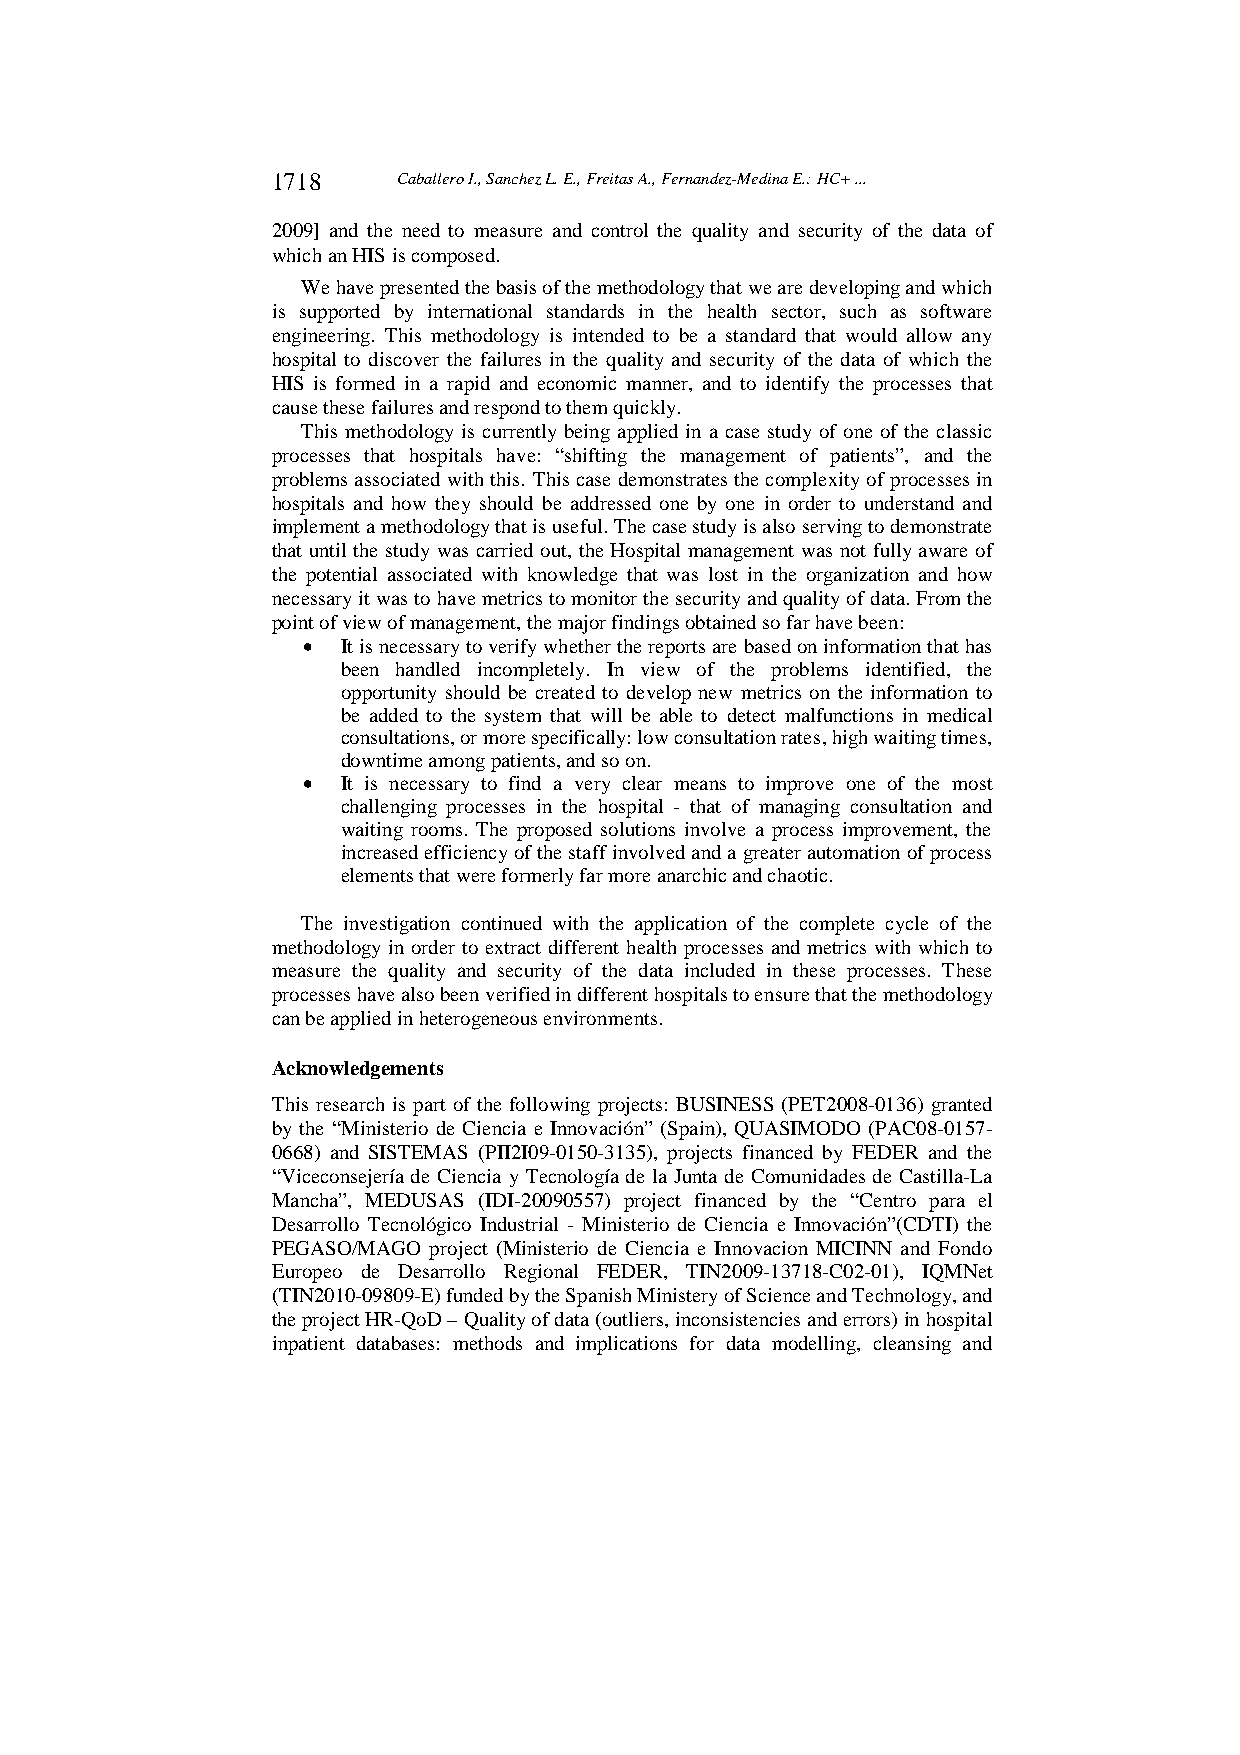
1718    Caballero I., Sanchez L. E., Freitas A., Fernandez-Medina E.: HC+ ...
 2009] and the need to measure and control the quality and security of the data of
 which an HIS is composed.
 We have presented the basis of the methodology that we are developing and which
 is supported by international standards in the health sector, such as software
 engineering. This methodology is intended to be a standard that would allow any
 hospital to discover the failures in the quality and security of the data of which the
 HIS is formed in a rapid and economic manner, and to identify the processes that
 cause these failures and respond to them quickly.
 This methodology is currently being applied in a case study of one of the classic
 processes that hospitals have: “shifting the management of patients”, and the
 problems associated with this. This case demonstrates the complexity of processes in
 hospitals and how they should be addressed one by one in order to understand and
 implement a methodology that is useful. The case study is also serving to demonstrate
 that until the study was carried out, the Hospital management was not fully aware of
 the potential associated with knowledge that was lost in the organization and how
 necessary it was to have metrics to monitor the security and quality of data. From the
 point of view of management, the major findings obtained so far have been:
   It is necessary to verify whether the reports are based on information that has
 been handled incompletely. In view of the problems identified, the
 opportunity should be created to develop new metrics on the information to
 be added to the system that will be able to detect malfunctions in medical
 consultations, or more specifically: low consultation rates, high waiting times,
 downtime among patients, and so on.
   It is necessary to find a very clear means to improve one of the most
 challenging processes in the hospital - that of managing consultation and
 waiting rooms. The proposed solutions involve a process improvement, the
 increased efficiency of the staff involved and a greater automation of process
 elements that were formerly far more anarchic and chaotic.
 The investigation continued with the application of the complete cycle of the
 methodology in order to extract different health processes and metrics with which to
 measure the quality and security of the data included in these processes. These
 processes have also been verified in different hospitals to ensure that the methodology
 can be applied in heterogeneous environments.
 Acknowledgements
 This research is part of the following projects: BUSINESS (PET2008-0136) granted
 by the “Ministerio de Ciencia e Innovación” (Spain), QUASIMODO (PAC08-0157-
 0668) and SISTEMAS (PII2I09-0150-3135), projects financed by FEDER and the
 “Viceconsejería de Ciencia y Tecnología de la Junta de Comunidades de Castilla-La
 Mancha”, MEDUSAS (IDI-20090557) project financed by the “Centro para el
 Desarrollo Tecnológico Industrial - Ministerio de Ciencia e Innovación”(CDTI) the
 PEGASO/MAGO project (Ministerio de Ciencia e Innovacion MICINN and Fondo
 Europeo de Desarrollo Regional FEDER, TIN2009-13718-C02-01), IQMNet
 (TIN2010-09809-E) funded by the Spanish Ministery of Science and Technology, and
 the project HR-QoD – Quality of data (outliers, inconsistencies and errors) in hospital
 inpatient databases: methods and implications for data modelling, cleansing and